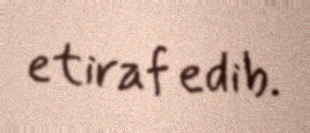
etiraf edib.